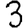
Digit: 3